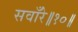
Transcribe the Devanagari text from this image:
सवाँरे॥१०॥